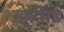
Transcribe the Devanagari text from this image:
खुऱ्याड